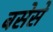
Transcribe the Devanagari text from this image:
बसेसे